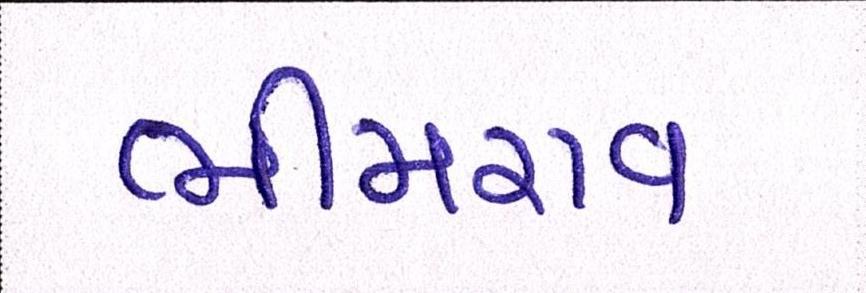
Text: ભીમરાવ